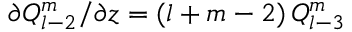
\partial Q _ { l - 2 } ^ { m } / \partial z = ( l + m - 2 ) \, Q _ { l - 3 } ^ { m }